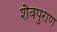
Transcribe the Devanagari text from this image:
शैवपुराण